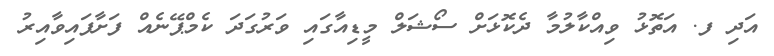
އަދި ފ. އަތޮޅު ވިއްކާލުމާ ދެކޮޅަށް ސޯޝަލް މީޑިއާގައި ވަރުގަދަ ކެމްޕޭނެއް ފަށާފައިވާއިރު